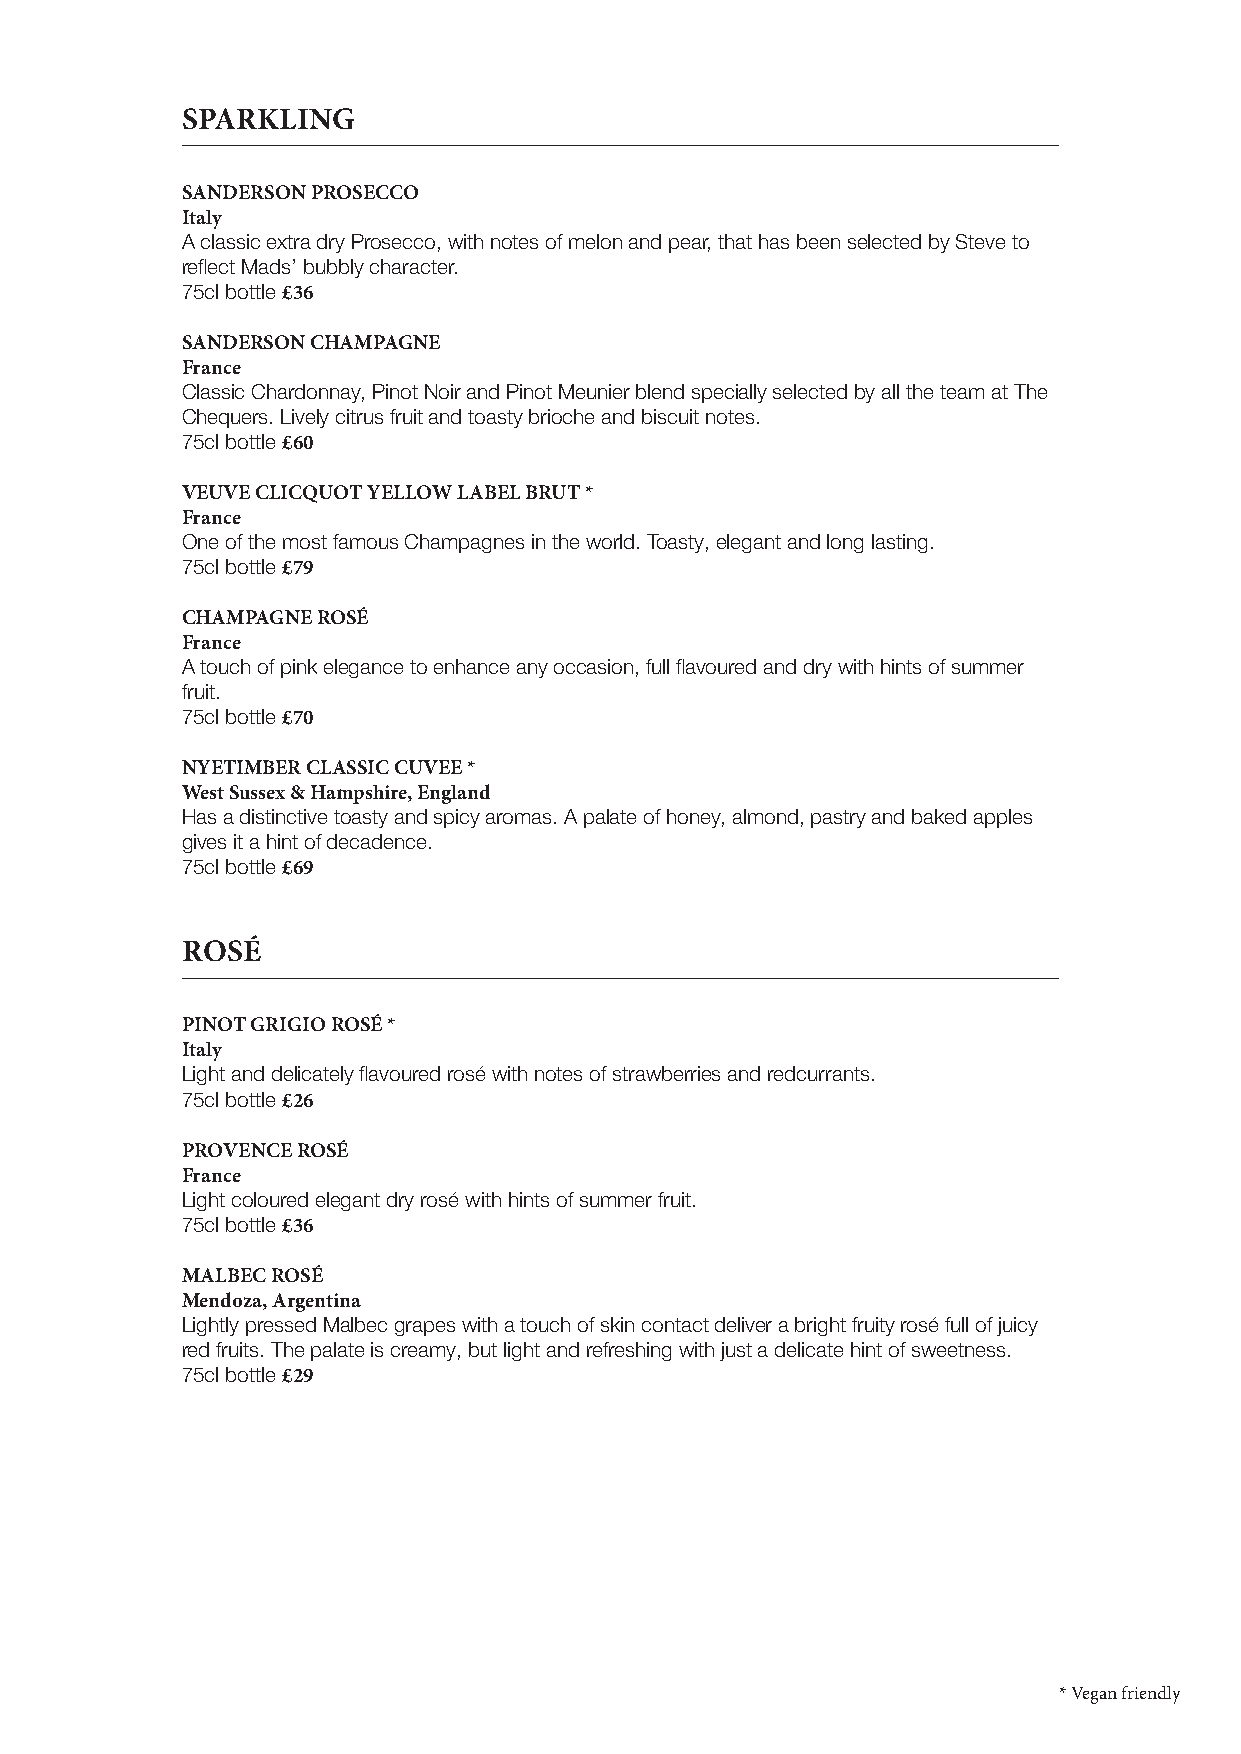
SPARKLING
 SANDERSON PROSECCO
 Italy
 A classic extra dry Prosecco, with notes of melon and pear, that has been selected by Steve to
 reflect Mads’ bubbly character.
 75cl bottle £36
 SANDERSON CHAMPAGNE
 France
 Classic Chardonnay, Pinot Noir and Pinot Meunier blend specially selected by all the team at The
 Chequers. Lively citrus fruit and toasty brioche and biscuit notes.
 75cl bottle £60
 VEUVE CLICQUOT YELLOW LABEL BRUT *
 France
 One of the most famous Champagnes in the world. Toasty, elegant and long lasting.
 75cl bottle £79
 CHAMPAGNE ROSÉ
 France
 A touch of pink elegance to enhance any occasion, full flavoured and dry with hints of summer
 fruit.
 75cl bottle £70
 NYETIMBER CLASSIC CUVEE *
 West Sussex & Hampshire, England
 Has a distinctive toasty and spicy aromas. A palate of honey, almond, pastry and baked apples
 gives it a hint of decadence.
 75cl bottle £69
 ROSÉ
 PINOT GRIGIO ROSÉ *
 Italy
 Light and delicately flavoured rosé with notes of strawberries and redcurrants.
 75cl bottle £26
 PROVENCE ROSÉ
 France
 Light coloured elegant dry rosé with hints of summer fruit.
 75cl bottle £36
 MALBEC ROSÉ
 Mendoza, Argentina
 Lightly pressed Malbec grapes with a touch of skin contact deliver a bright fruity rosé full of juicy
 red fruits. The palate is creamy, but light and refreshing with just a delicate hint of sweetness.
 75cl bottle £29
 * Vegan friendly